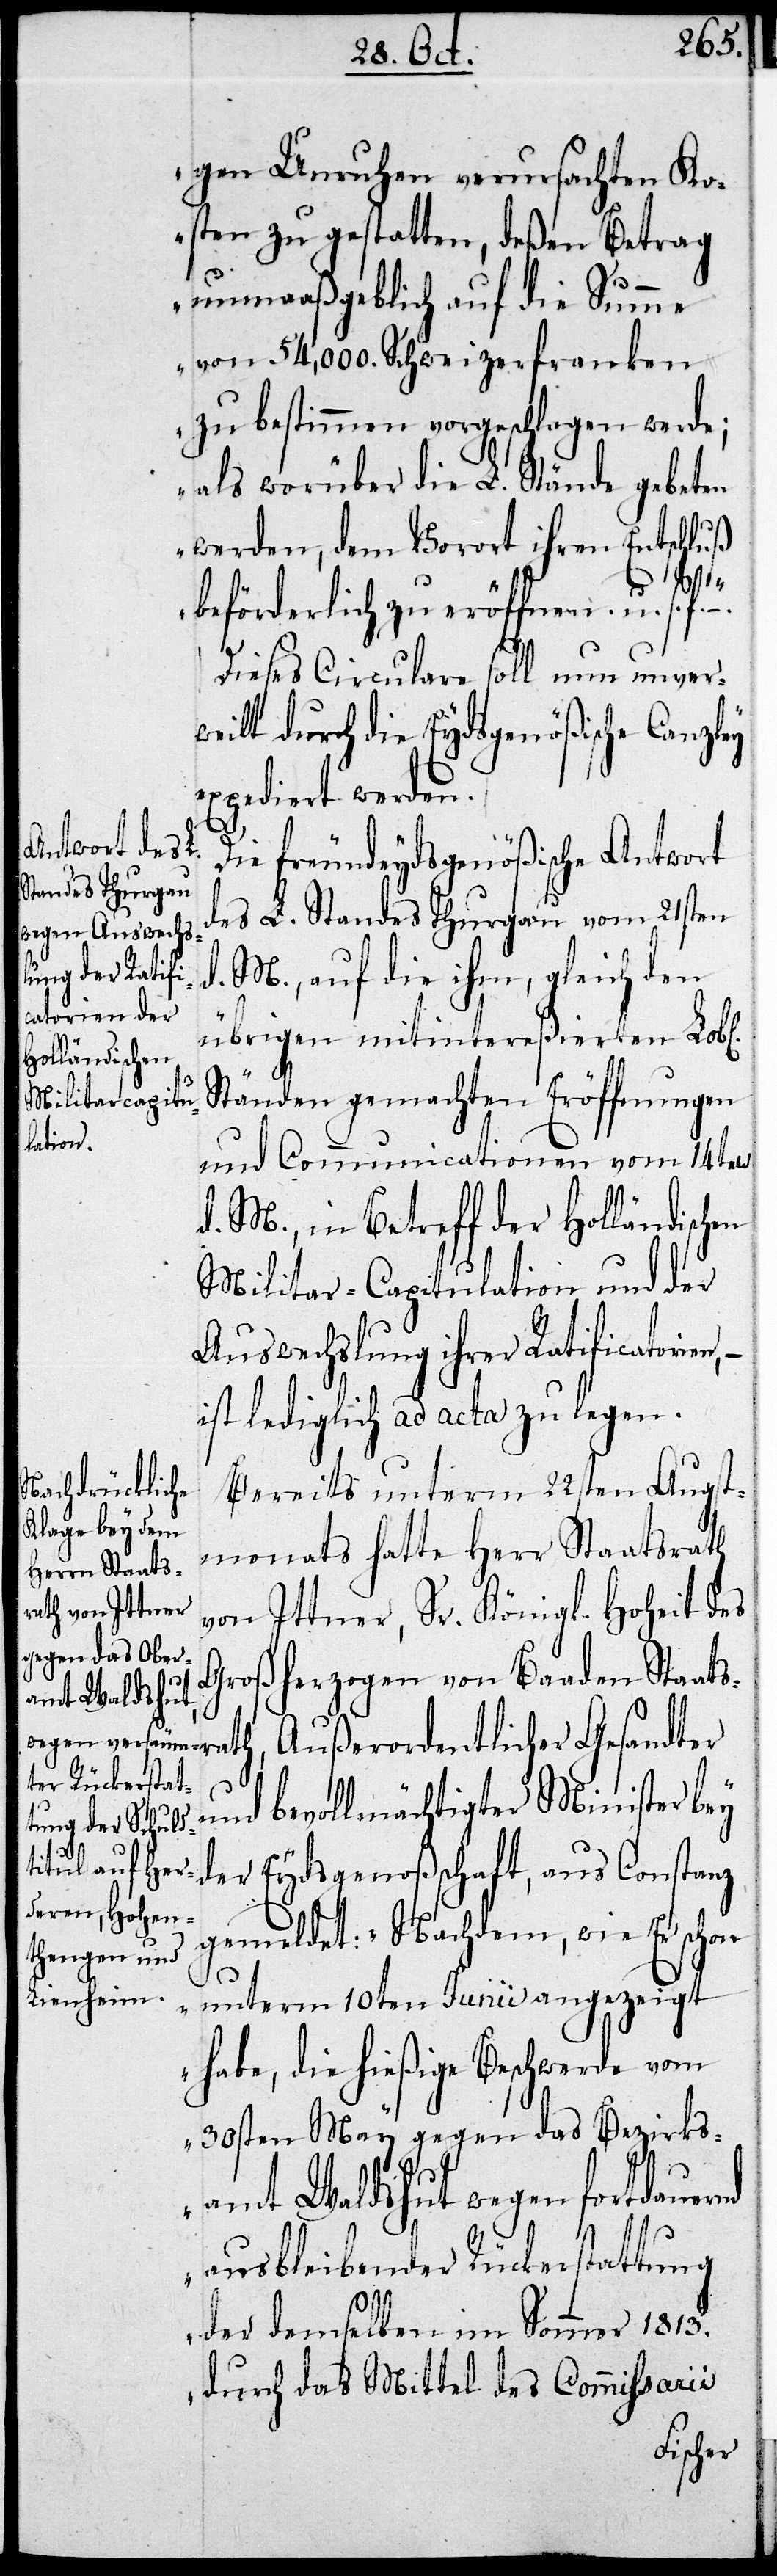
gen Unruhen verursachten Ko¬
sten zu gestatten, deßen Betrag
unmaaßgeblich auf die Summe
von 54,000. Schweizerfranken
zu bestimmen vorgeschlagen werde;
als worüber die L. Stände gebeten
werden, dem Vorort ihren Entschluß
rath,
beförderlich zu eröffnen u.s.f.“
Dieses Circulare soll nun unver¬
weilt durch die Eydsgenößische Canzley
expediert werden.
Die freundeydsgenößische Antwort
des L. Standes Thurgau vom 21ten
d. M., auf die ihm, gleich den
übrigen mitintereßierten Lobl.
Ständen gemachten Eröffnungen
und Communicationen vom 14ten
d. M., in Betreff der Holländischen
Militar-Capitulation und der
Auswechslung ihrer Ratification,
ist lediglich ad acta zu legen.
Bereits unterm 22sten Augst¬
monat hatte Herr Staatsrath
von Ittner, Sr. Königl. Hoheit des
Großherzogen von Baaden Staats¬
amt Waldshut
wegen fortdauernd
Außerordentlicher Gesandter
und bevollmächtigter Minister bey
der Eydsgenoßenschaft, aus Constanz
gemeldet: „Nachdem, wie Er schon
unterm 10ten Junii angezeigt
habe, die hießige Beschwerde vom
30sten May gegen das Bezirks¬
ausbleibender Rückerstattung
der demselben im Sommer 1813.
durch das Mittel des Comissarii